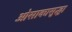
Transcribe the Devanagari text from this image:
ओसाकासुद्धा